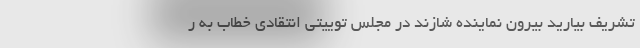
تشریف بیارید بیرون نماینده شازند در مجلس توییتی انتقادی خطاب به ر